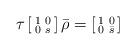
LaTeX: \begin{align*}\tau \left[\begin{smallmatrix}1 & 0\\0 & s\end{smallmatrix}\right]\bar\rho=\left[\begin{smallmatrix}1 & 0\\0 & \bar s\end{smallmatrix}\right]\end{align*}